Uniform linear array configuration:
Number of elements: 32
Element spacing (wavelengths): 1
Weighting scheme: cosine
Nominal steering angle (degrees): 0
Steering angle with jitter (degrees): -0.6165
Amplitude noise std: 0.05
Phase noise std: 0.05

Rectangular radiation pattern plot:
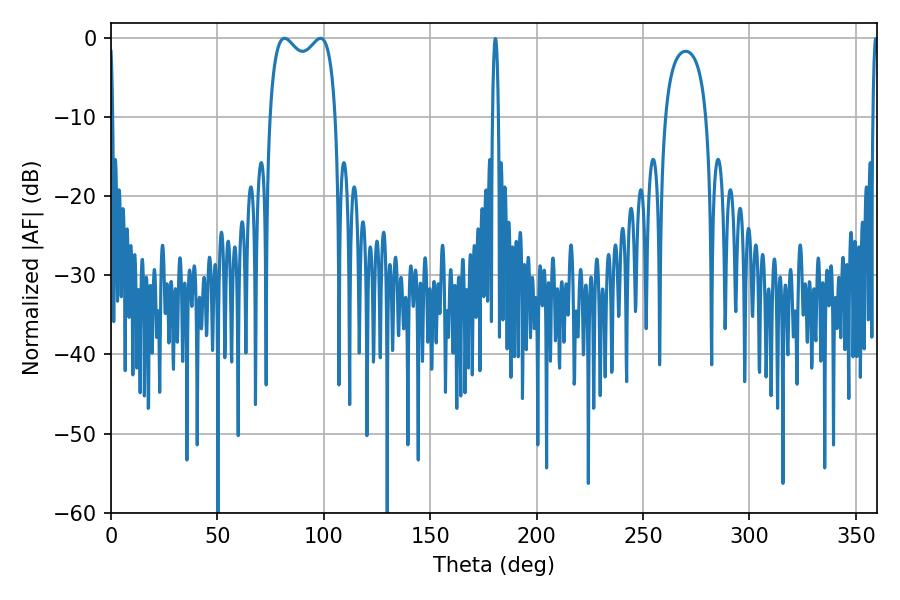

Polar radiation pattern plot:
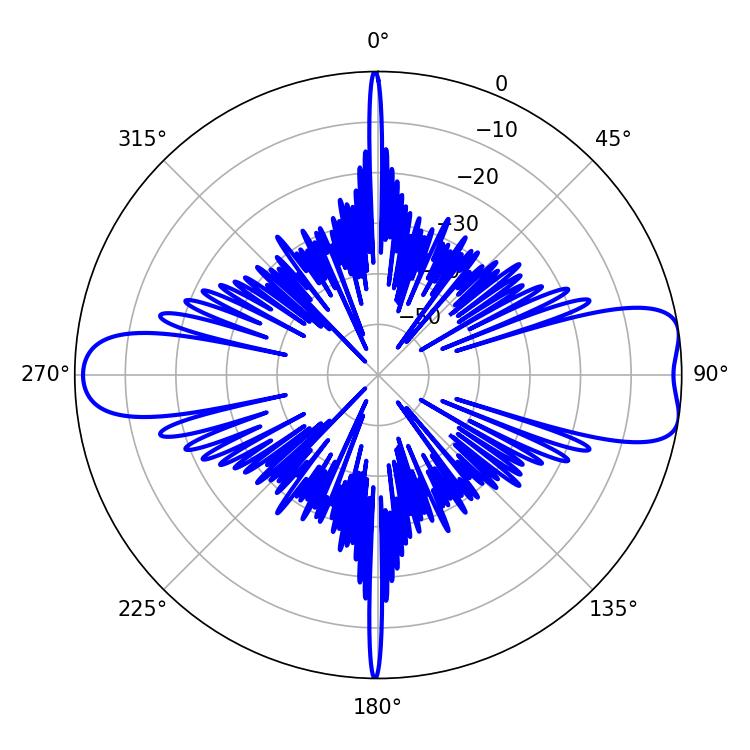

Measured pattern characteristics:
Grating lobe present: TRUE
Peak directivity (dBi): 9.268
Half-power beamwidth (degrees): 25.56
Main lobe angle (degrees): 81.54